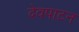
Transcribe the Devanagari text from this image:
देवपाटन